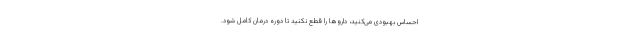
احساس بهبودی می‌کنید، داروها را قطع نکنید تا دوره درمان کامل شود.